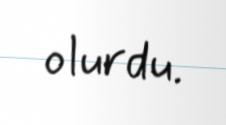
olurdu.